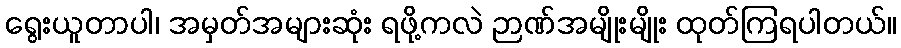
ရွေးယူတာပါ၊ အမှတ်အများဆုံး ရဖို့ကလဲ ဉာဏ်အမျိုးမျိုး ထုတ်ကြရပါတယ်။